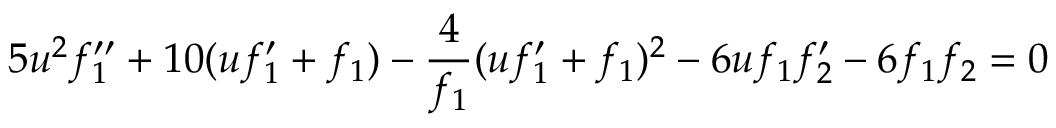
5 u ^ { 2 } f _ { 1 } ^ { \prime \prime } + 1 0 ( u f _ { 1 } ^ { \prime } + f _ { 1 } ) - \frac { 4 } { f _ { 1 } } ( u f _ { 1 } ^ { \prime } + f _ { 1 } ) ^ { 2 } - 6 u f _ { 1 } f _ { 2 } ^ { \prime } - 6 f _ { 1 } f _ { 2 } = 0